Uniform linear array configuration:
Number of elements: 16
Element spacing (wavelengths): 0.5
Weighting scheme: uniform
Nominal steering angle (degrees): -15
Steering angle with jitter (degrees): -14.536
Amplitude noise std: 0.05
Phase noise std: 0.05

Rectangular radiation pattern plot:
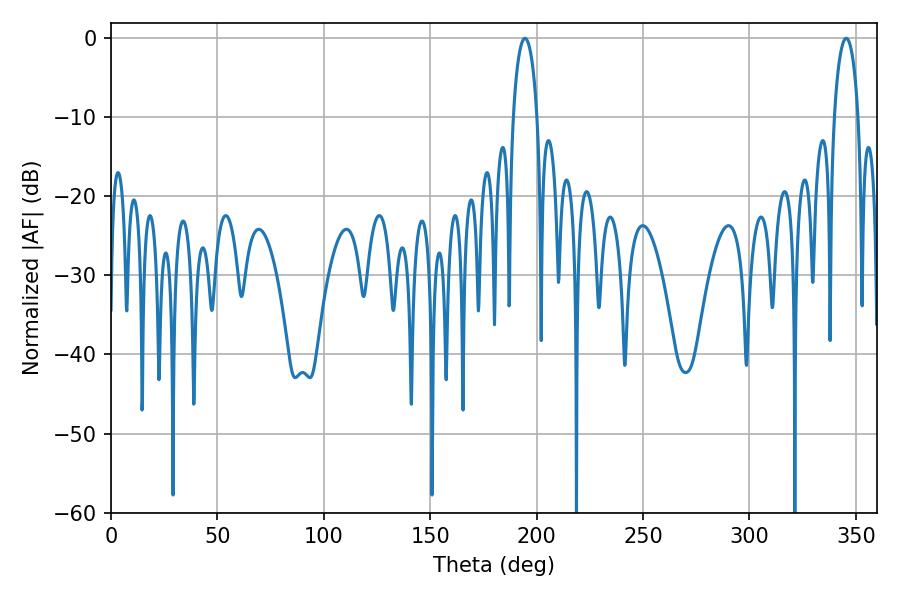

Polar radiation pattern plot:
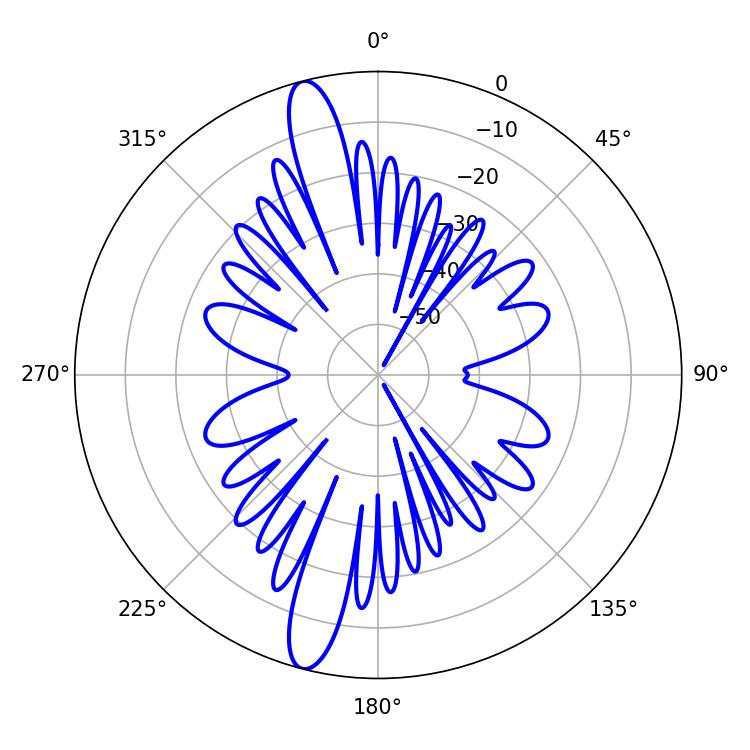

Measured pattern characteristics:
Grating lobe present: FALSE
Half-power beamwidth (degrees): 6.48
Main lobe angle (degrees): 194.58